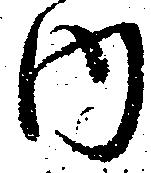
内